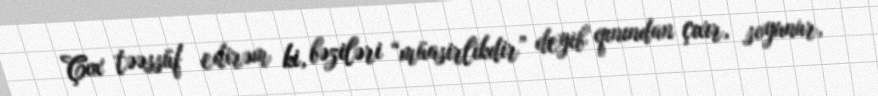
Çox təəssüf edirəm ki, bəziləri “müasirlikdir” deyib qınından çıxır, soyunur,